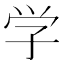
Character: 学